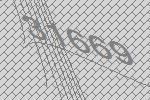
31669